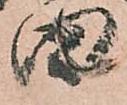
田